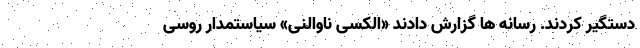
دستگیر کردند. رسانه ها گزارش دادند «الکسی ناوالنی» سیاستمدار روسی